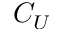
C _ { U }